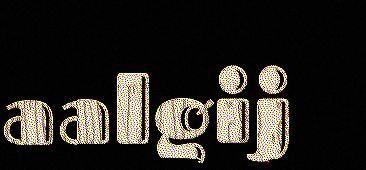
aalgij